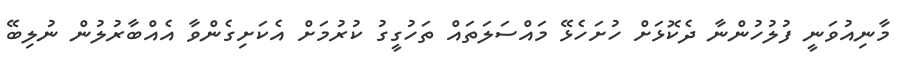
މާނިއުވަނީ ފުލުހުންނާ ދެކޮޅަށް ހުށަހެޅޭ މައްސަލަތައް ތަހުގީގު ކުރުމަށް އެކަށިގެންވާ އެއްބާރުލުން ނުލިބޭ